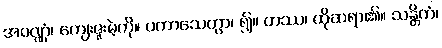
အဝဏ္ဏံ၊ ကျေးဇူးမဲ့ကို။ ပကာသေတွာ၊ ၍။ တဿ၊ ထိုဆရာ၏။ သန္တိကံ၊